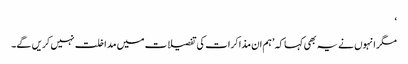
‘
مگر انہوں نے یہ بھی کہا کہ ’ہم ان مذاکرات کی تفصیلات میں مداخلت نہیں کریں گے۔